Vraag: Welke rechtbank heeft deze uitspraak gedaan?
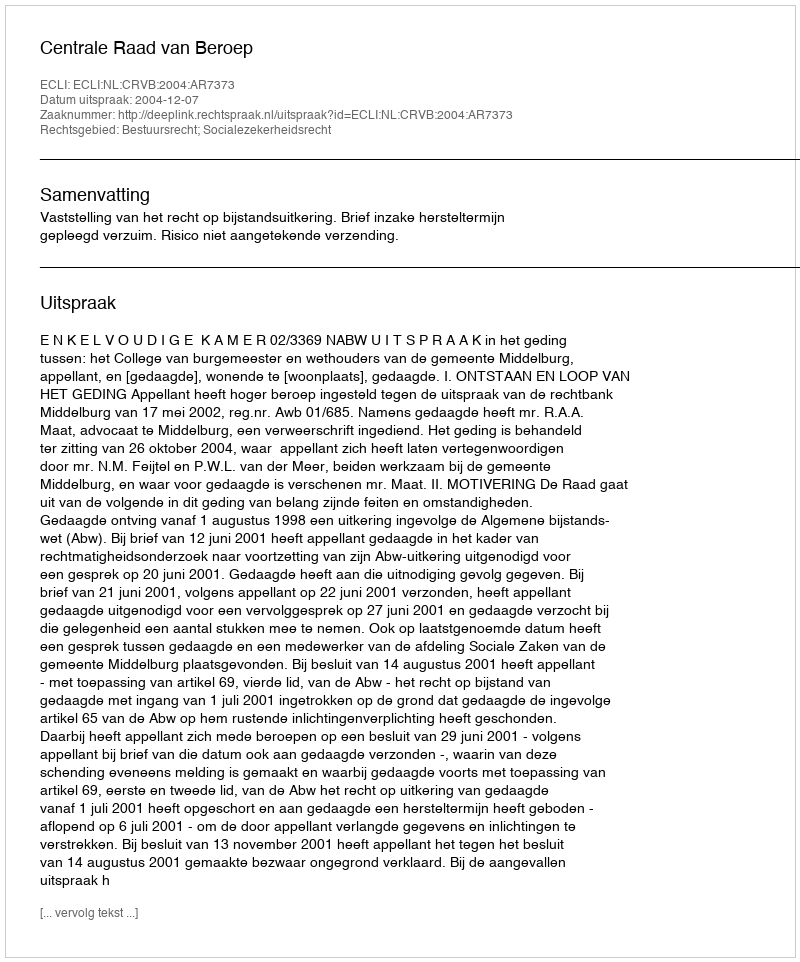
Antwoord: Centrale Raad van Beroep